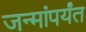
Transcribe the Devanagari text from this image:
जन्मांपर्यंत